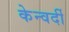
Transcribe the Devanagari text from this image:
केन्वर्दी